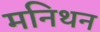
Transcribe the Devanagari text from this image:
मनिथन